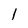
Character: 1